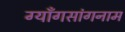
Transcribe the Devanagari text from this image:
ग्याँगसांगनाम